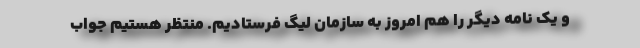
و یک نامه دیگر را هم امروز به سازمان لیگ فرستادیم. منتظر هستیم جواب